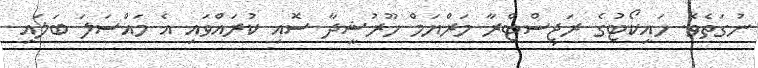
ނުގަތެވެ. ހައިކޯޓުގެ ރަޖިސްޓްރާ މަރްޔަމް ހޫރުޝީދާ ސޮއި ކުރައްވައި އެ މައްސަލަ ބަލައި